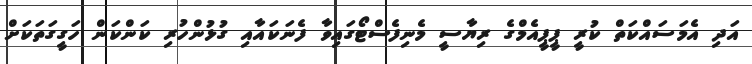
އަދި އެމަސައްކަތް ކުރީ ޕީޕީއެމްގެ ރިޔާސީ މެނިފެސްޓޯގައިވާ ފެނަކައާއި ގުޅުންހުރި ކަންކަން ހަގީގަތަކަށް